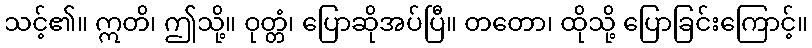
သင့်၏။ ဣတိ၊ ဤသို့။ ဝုတ္တံ၊ ပြောဆိုအပ်ပြီ။ တတော၊ ထိုသို့ ပြောခြင်းကြောင့်။